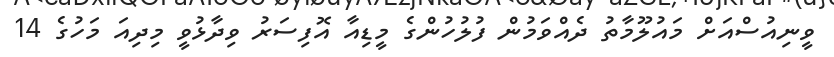
ވީނިއުސްއަށް މައުލޫމާތު ދެއްވަމުން ފުލުހުންގެ މީޑިއާ އޮފިސަރު ވިދާޅުވީ މިދިއަ މަހުގެ 14